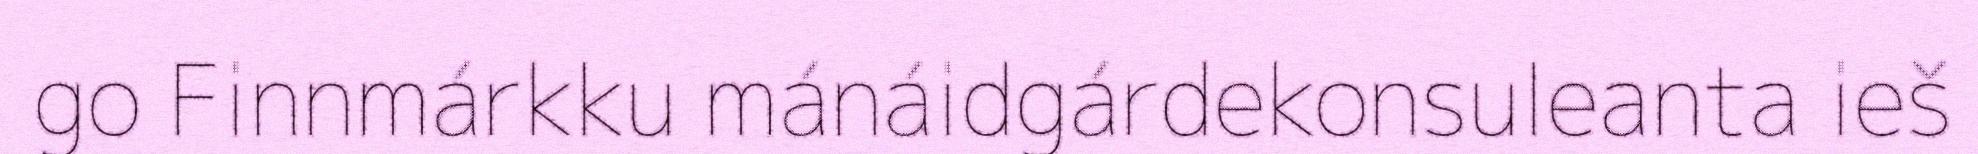
go Finnmárkku mánáidgárdekonsuleanta ieš